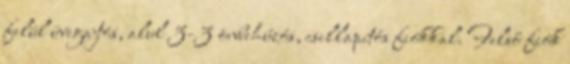
felül üvegajtós, alul 3-3 önbehúzós, csillapítós fiókkal. Felső fiók